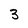
Character: 3